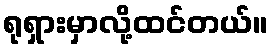
ရုရှားမှာလို့ထင်တယ်။